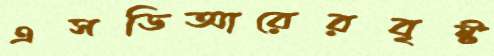
এসডিআরেরবৃষ্ট